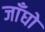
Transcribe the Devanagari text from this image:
जाँघो